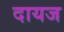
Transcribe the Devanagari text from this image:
दायज